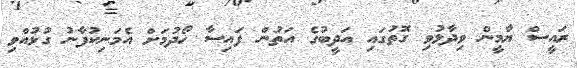
ރައީސް ޔާމީން ވިދާޅުވި ގޮތުގައި އަދީބުގެ އަތުން ފައިސާ ހޯދުމަށް އެމަނިކުފާނު ގުޅުއްވި